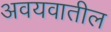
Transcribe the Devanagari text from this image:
अवयवातील